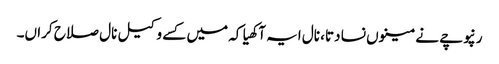
رنپوچے نے مینوں نسا دتا، نال ایہ آکھیا کہ میں کسے وکیل نال صلاح کراں۔